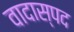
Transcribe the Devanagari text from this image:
वादास्पद